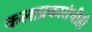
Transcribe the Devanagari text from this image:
कलाप्रकारांचीही